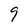
Character: 9